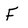
Character: F